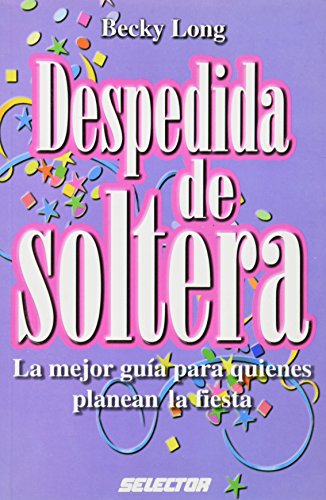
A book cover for Despedida de soltera / Bridal shower: La mejor guia para quienes planean la fiesta / The best guide for those who planning the party (Spanish Edition); Becky Long; Crafts, Hobbies & Home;